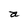
Character: a